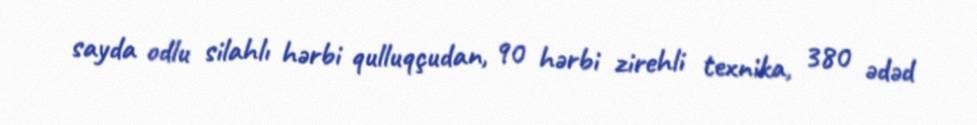
sayda odlu silahlı hərbi qulluqçudan, 90 hərbi zirehli texnika, 380 ədəd